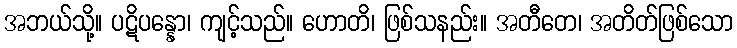
အဘယ်သို့။ ပဋိပန္နော၊ ကျင့်သည်။ ဟောတိ၊ ဖြစ်သနည်း။ အတီတေ၊ အတိတ်ဖြစ်သော